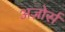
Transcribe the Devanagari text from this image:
अज़ोर्स